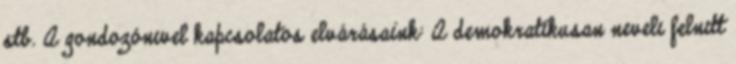
stb. A gondozónıvel kapcsolatos elvárásaink: A demokratikusan nevelı felnıtt